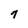
Character: 7